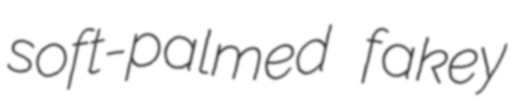
soft-palmed fakey